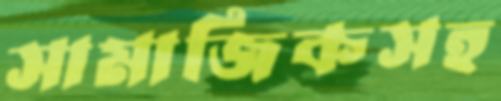
সামাজিকসহ